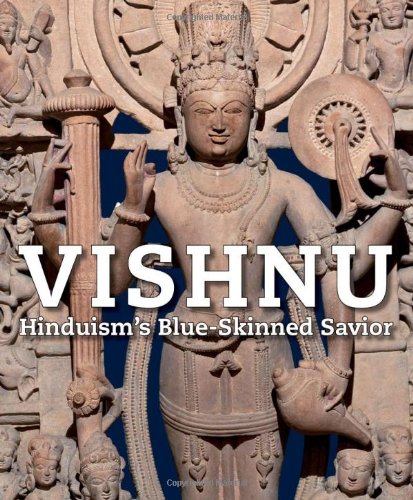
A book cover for Vishnu Hinduism's Blue-Skinned Savior; Joan Cummins; Religion & Spirituality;